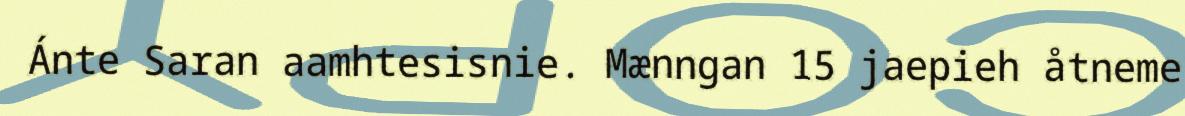
Ánte Saran aamhtesisnie. Mænngan 15 jaepieh åtneme